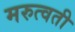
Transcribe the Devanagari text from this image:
मरुत्वती